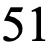
51